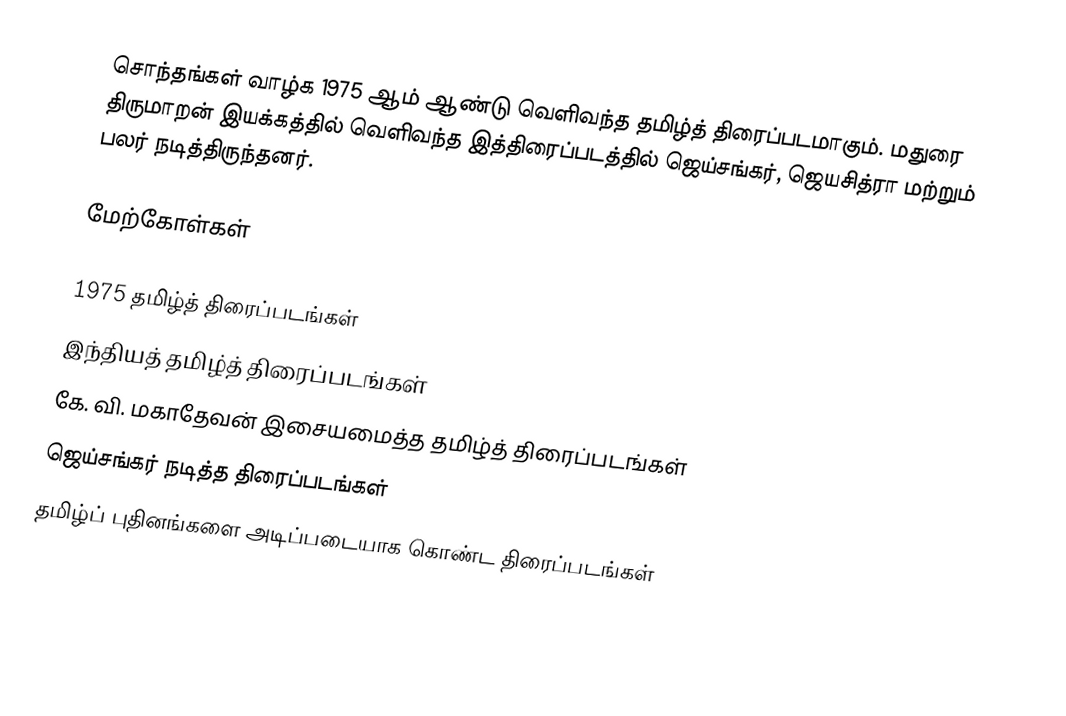
சொந்தங்கள் வாழ்க 1975 ஆம் ஆண்டு வெளிவந்த தமிழ்த் திரைப்படமாகும். மதுரை திருமாறன் இயக்கத்தில் வெளிவந்த இத்திரைப்படத்தில் ஜெய்சங்கர், ஜெயசித்ரா மற்றும் பலர் நடித்திருந்தனர்.

மேற்கோள்கள்

1975 தமிழ்த் திரைப்படங்கள்
இந்தியத் தமிழ்த் திரைப்படங்கள்
கே. வி. மகாதேவன் இசையமைத்த தமிழ்த் திரைப்படங்கள்
ஜெய்சங்கர் நடித்த திரைப்படங்கள்
தமிழ்ப் புதினங்களை அடிப்படையாக கொண்ட திரைப்படங்கள்